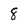
Character: 8